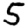
Digit: 5